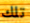
تلك